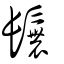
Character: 鬞